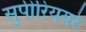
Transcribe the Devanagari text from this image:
सुपीरिययरे